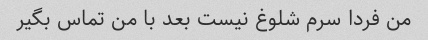
من فردا سرم شلوغ نیست بعد با من تماس بگیر